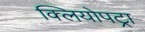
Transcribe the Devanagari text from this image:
क्लियोपट्रा